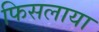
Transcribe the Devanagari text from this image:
फिसलाया